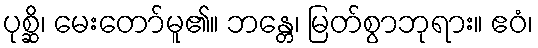
ပုစ္ဆိ၊ မေးတော်မူ၏။ ဘန္တေ၊ မြတ်စွာဘုရား။ ဧဝံ၊